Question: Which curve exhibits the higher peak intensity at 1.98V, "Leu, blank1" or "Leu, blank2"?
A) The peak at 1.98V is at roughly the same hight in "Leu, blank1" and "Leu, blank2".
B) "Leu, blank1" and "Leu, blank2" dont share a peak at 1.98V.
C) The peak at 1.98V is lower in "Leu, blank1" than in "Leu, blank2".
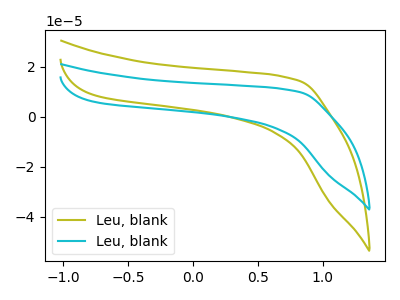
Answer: <think>The olive curve "Leu, blank1" has no peaks. The cyan curve "Leu, blank2" has no peaks.</think>
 <answer>B) "Leu, blank1" and "Leu, blank2" dont share a peak at 1.98V.</answer>
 <eval>B</eval>